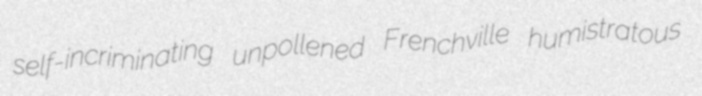
self-incriminating unpollened Frenchville humistratous